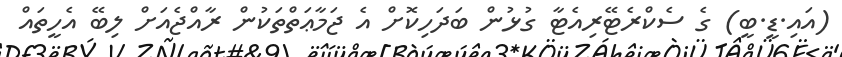
(އައި.ޑީ.ބީ) ގެ ސެކްރެޓޭރިއެޓާ ގުޅުން ބަދަހިކޮށް އެ ޖަމާޢަތްތަކުން ރާއްޖެއަށް ލިބޭ އެހީތައް